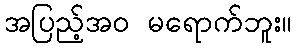
အပြည့်အဝ မရောက်ဘူး။